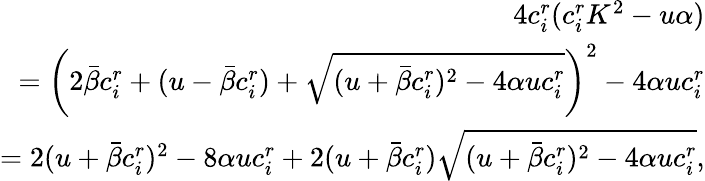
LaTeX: \begin{array}{r}{4c_{i}^{r}(c_{i}^{r}K^{2}-{u\alpha})}\\ {=\left(2\bar{\beta}c_{i}^{r}+(u-\bar{\beta}c_{i}^{r})+\sqrt{(u+\bar{\beta}c_{i}^{r})^{2}-4\alpha uc_{i}^{r}}\right)^{2}-4\alpha uc_{i}^{r}}\\ {=2(u+\bar{\beta}c_{i}^{r})^{2}-8\alpha uc_{i}^{r}+2(u+\bar{\beta}c_{i}^{r})\sqrt{(u+\bar{\beta}c_{i}^{r})^{2}-4\alpha uc_{i}^{r}},}\end{array}